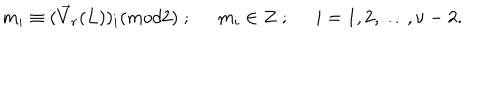
LaTeX: m _ { i } \equiv ( \vec { V } _ { r } ( L ) ) _ { i } ( m o d 2 ) \; ; \; \; m _ { i } \in Z \; ; \; \; i = 1 , 2 , \ldots , \nu - 2 .